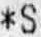
*S